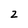
Character: 2